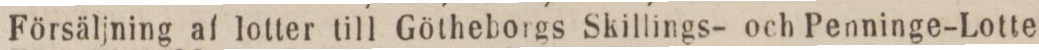
Försäljning af lotter till Götheborgs Skillings- och Penninge-Lotte-